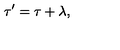
\tau ^ { \prime } = \tau + \lambda ,